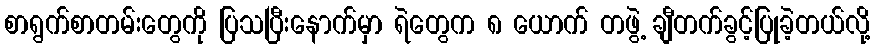
စာရွက်စာတမ်းတွေကို ပြသပြီးနောက်မှာ ရဲတွေက ၈ ယောက် တဖွဲ့ ချီတက်ခွင့်ပြုခဲ့တယ်လို့